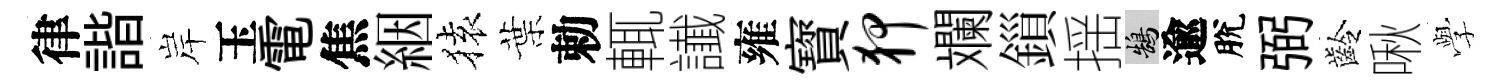
律諧岸玉電焦絪𫞤葉勅輒䜟雍寳狎斕鎻揺鵠逾脫弼齡啾𫝯